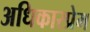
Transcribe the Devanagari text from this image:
अधिकारप्रेम